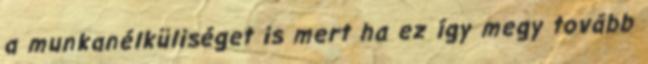
a munkanélküliséget is mert ha ez így megy tovább